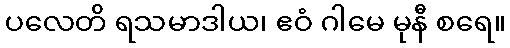
ပလေတိ ရသမာဒါယ၊ ဧဝံ ဂါမေ မုနီ စရေ။